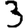
Digit: 3